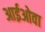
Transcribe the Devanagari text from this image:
आईओवा